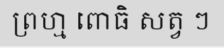
ព្រហ្ម ពោធិ សត្វ ៗ